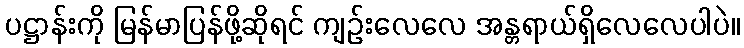
ပဋ္ဌာန်းကို မြန်မာပြန်ဖို့ဆိုရင် ကျဉ်းလေလေ အန္တရာယ်ရှိလေလေပါပဲ။